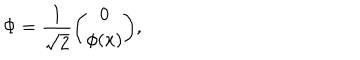
\Phi = \frac { 1 } { \sqrt { 2 } } { \binom { 0 } { \phi ( x ) } } ,